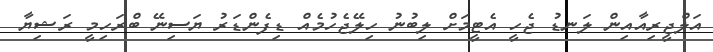
އަލްޖީރިއާއިން ލަނޑު ޖެހީ އެޓީމަށް ލިބުނު ހިލޭޖެހުމެއް ޑިފެންޑަރު ޔަސިނޭ ބްރަހިމީ ރަޝިޔާ